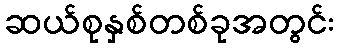
ဆယ်စုနှစ်တစ်ခုအတွင်း